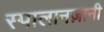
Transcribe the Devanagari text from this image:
स्पालानज़ानी